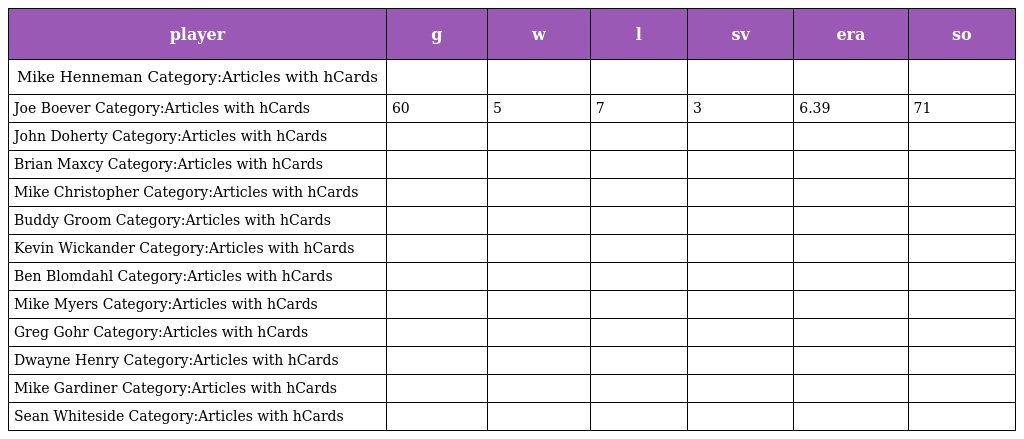
| player | g | w | l | sv | era | so |
 | --- | --- | --- | --- | --- | --- | --- |
 | Mike Henneman Category:Articles with hCards |  |  |  |  |  |  |
 | Joe Boever Category:Articles with hCards | 60 | 5 | 7 | 3 | 6.39 | 71 |
 | John Doherty Category:Articles with hCards |  |  |  |  |  |  |
 | Brian Maxcy Category:Articles with hCards |  |  |  |  |  |  |
 | Mike Christopher Category:Articles with hCards |  |  |  |  |  |  |
 | Buddy Groom Category:Articles with hCards |  |  |  |  |  |  |
 | Kevin Wickander Category:Articles with hCards |  |  |  |  |  |  |
 | Ben Blomdahl Category:Articles with hCards |  |  |  |  |  |  |
 | Mike Myers Category:Articles with hCards |  |  |  |  |  |  |
 | Greg Gohr Category:Articles with hCards |  |  |  |  |  |  |
 | Dwayne Henry Category:Articles with hCards |  |  |  |  |  |  |
 | Mike Gardiner Category:Articles with hCards |  |  |  |  |  |  |
 | Sean Whiteside Category:Articles with hCards |  |  |  |  |  |  |